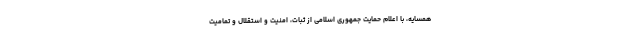
همسایه، با اعلام حمایت جمهوری اسلامی از ثبات، امنیت و استقلال و تمامیت